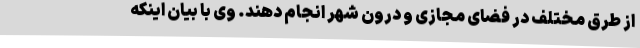
از طرق مختلف در فضای مجازی و درون شهر انجام دهند. وی با بیان اینکه